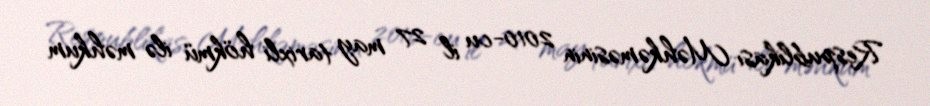
Respublikası Məhkəməsinin 2010-cu il 27 may tarixli hökmü ilə məhkum